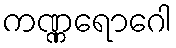
ကဏ္ဏရောဂေါ